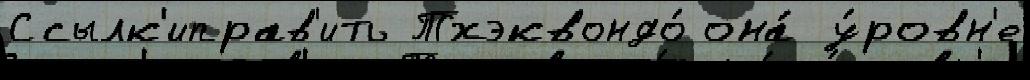
Ссылк'иправ'ить Тхэквондо́ она́ у́ровн'е